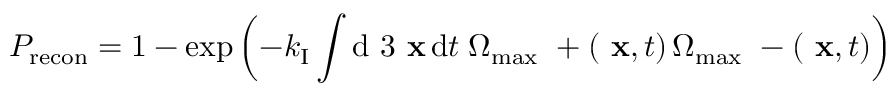
{ \cal P } _ { \mathrm { r e c o n } } = 1 - \exp \left( - k _ { \mathrm { I } } \int \mathrm { d } ~ 3 \mathrm { \bf ~ x } \, \mathrm { d } t \; \Omega _ { \mathrm { m a x } } ~ + ( \mathrm { \bf ~ x } , t ) \, \Omega _ { \mathrm { m a x } } ~ - ( \mathrm { \bf ~ x } , t ) \right)